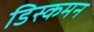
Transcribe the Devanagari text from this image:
डिस्कमन